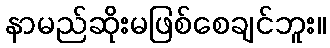
နာမည်ဆိုးမဖြစ်စေချင်ဘူး။